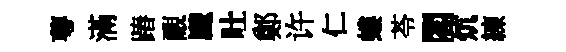
萼滿蹖覼颼吐鄭许仁螻苓閣炕練